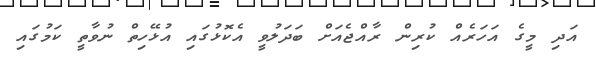
އަދި މީގެ އަހަރެއް ކުރިން ރާއްޖެއަށް ބަދަލުވީ އެކޮޅުގައި އުޅޭހިތް ނުވާތީ ކަމުގައި